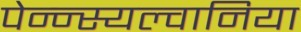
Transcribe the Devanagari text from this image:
पेन्न्स्यल्वानिया